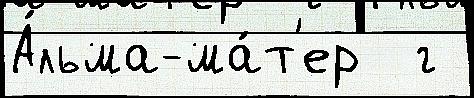
А́льма-ма́т'ер  г